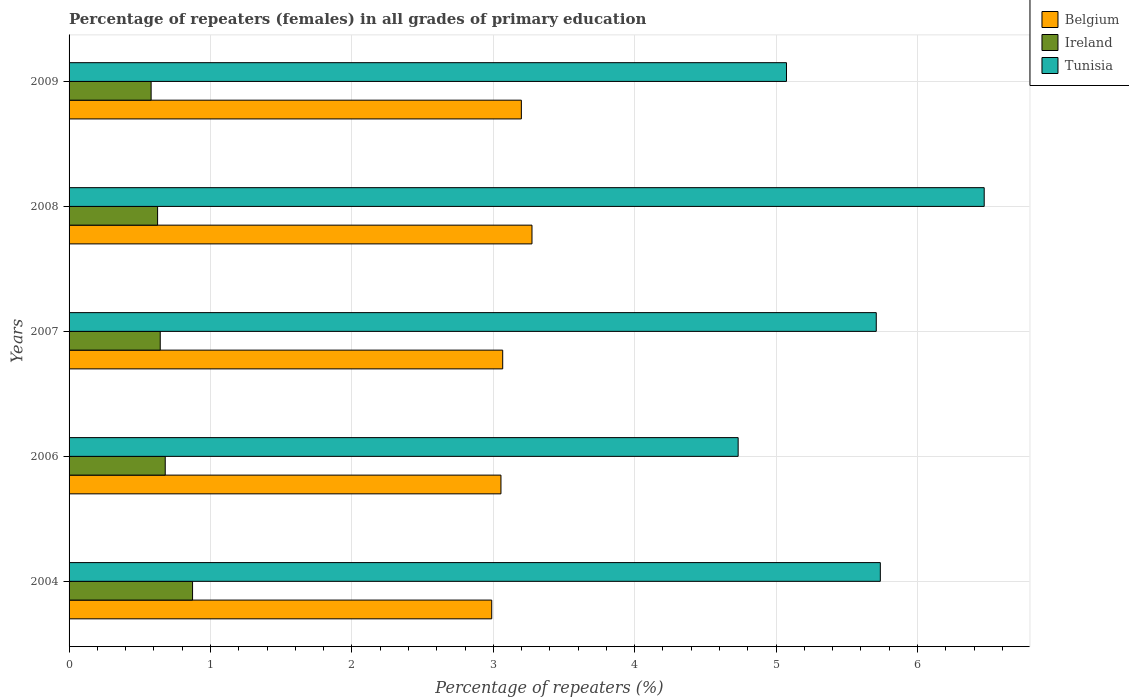
| Years | Belgium | Ireland | Tunisia |
 | --- | --- | --- | --- |
 | 2004 | 2.99 | 0.873 | 5.74 |
 | 2006 | 3.05 | 0.68 | 4.73 |
 | 2007 | 3.07 | 0.645 | 5.71 |
 | 2008 | 3.27 | 0.626 | 6.47 |
 | 2009 | 3.2 | 0.58 | 5.07 |